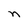
Character: n